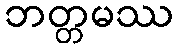
ဘတ္တမဿ